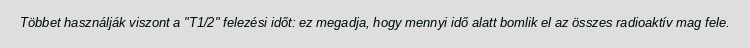
Többet használják viszont a "T1/2" felezési időt: ez megadja, hogy mennyi idő alatt bomlik el az összes radioaktív mag fele.